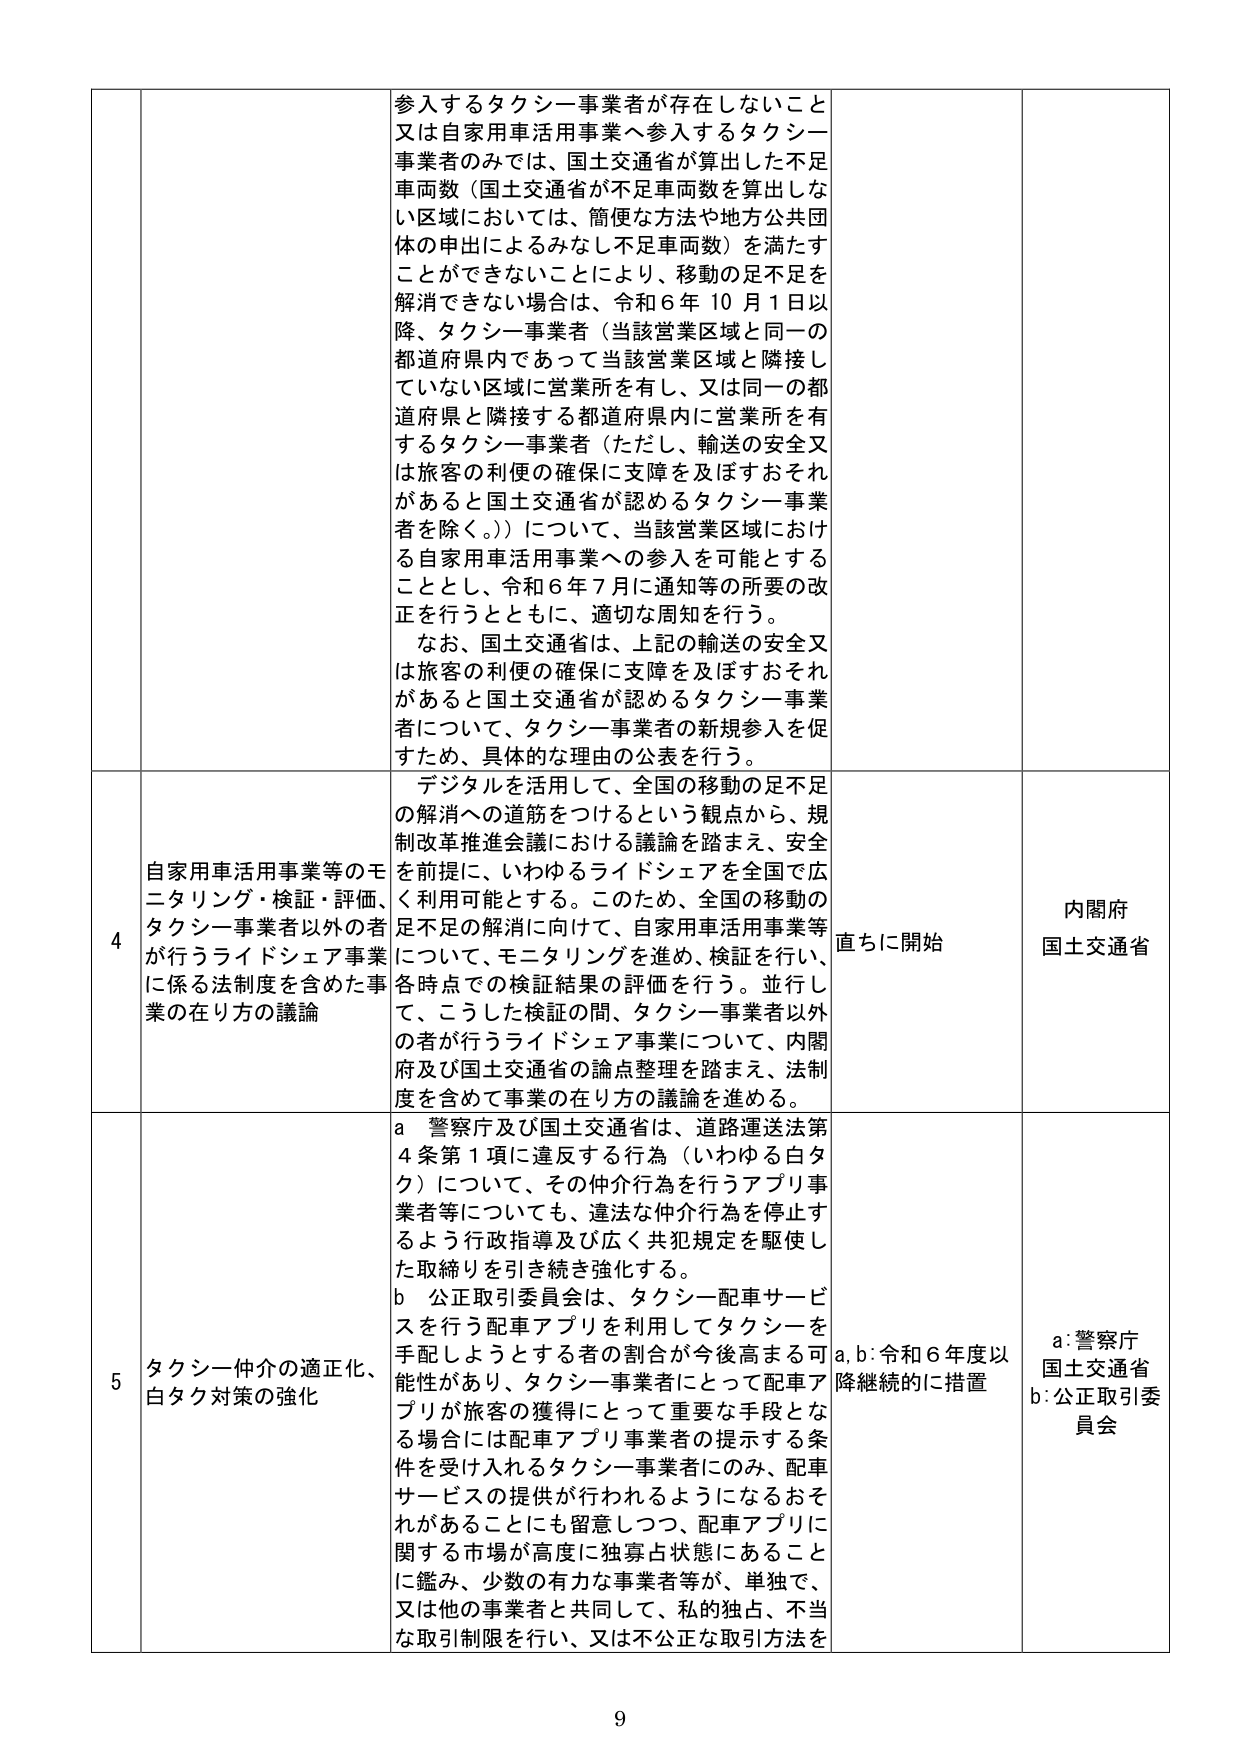
参入するタクシー事業者が存在しないこと
又は自家用車活用事業へ参入するタクシー
事業者のみでは、国土交通省が算出した不足
車両数（国土交通省が不足車両数を算出しな
い区域においては、簡便な方法や地方公共団
体の申出によるみなし不足車両数）を満たす
ことができないことにより、移動の足不足を
解消できない場合は、令和６年１０月１日以
降、タクシー事業者（当該営業区域と同一の
都道府県内であって当該営業区域と隣接し
ていない区域に営業所を有し、又は同一の都
道府県と隣接する都道府県内に営業所を有
するタクシー事業者（ただし、輸送の安全又
は旅客の利便の確保に支障を及ぼすおそれ
があると国土交通省が認めるタクシー事業
者を除く。））について、当該営業区域におけ
る自家用車活用事業への参入を可能とする
こととし、令和６年７月に通知等の所要の改
正を行うとともに、適切な周知を行う。
なお、国土交通省は、上記の輸送の安全又
は旅客の利便の確保に支障を及ぼすおそれ
があると国土交通省が認めるタクシー事業
者について、タクシー事業者の新規参入を促
すため、具体的な理由の公表を行う。

4 自家用車活用事業等のモニタリング・検証・評価、
タクシー事業者以外の者が行うライドシェア事業
に係る法制度を含めた事業の在り方の議論
デジタルを活用して、全国の移動の足不足
の解消への道筋をつけるという観点から、規
制改革推進会議における議論を踏まえ、安全
を前提に、いわゆるライドシェアを全国で広
く利用可能とする。このため、全国の移動の
足不足の解消に向けて、自家用車活用事業等
について、モニタリングを進め、検証を行い、
各時点での検証結果の評価を行う。並行し
て、こうした検証の間、タクシー事業者以外
の者が行うライドシェア事業について、内閣
府及び国土交通省の論点整理を踏まえ、法制
度を含めて事業の在り方の議論を進める。
直ちに開始
内閣府
国土交通省

5 タクシー仲介の適正化、
白タク対策の強化
a 警察庁及び国土交通省は、道路運送法第
４条第１項に違反する行為（いわゆる白タ
ク）について、その仲介行為を行うアプリ事
業者等についても、違法な仲介行為を停止す
るよう行政指導及び広く共犯規定を駆使し
た取締りを引き続き強化する。
b 公正取引委員会は、タクシー配車サービ
スを行う配車アプリを利用してタクシーを
手配しようとする者の割合が今後高まる可
能性があり、タクシー事業者にとって配車ア
プリが旅客の獲得にとって重要な手段とな
る場合には配車アプリ事業者の提示する条
件を受け入れるタクシー事業者にのみ、配車
サービスの提供が行われるようになるおそ
れがあることにも留意しつつ、配車アプリに
関する市場が高度に独寡占状態にあること
に鑑み、少数の有力な事業者等が、単独で、
又は他の事業者と共同して、私的独占、不当
な取引制限を行い、又は不公正な取引方法を
a, b: 令和６年度以
降継続的に措置
a: 警察庁
国土交通省
b: 公正取引委
員会

9